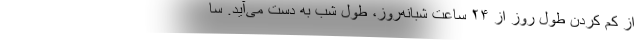
از کم کردن طول روز از ۲۴ ساعت شبانه‌روز، طول شب به دست می‌آید. سا